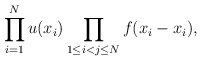
\begin{align*} \prod_{i=1} ^N u(x_i) \prod_{1\leq i< j \leq N} f (x_i-x_i), \end{align*}